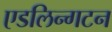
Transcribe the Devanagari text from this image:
एडलिन्गटन